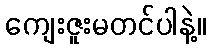
ကျေးဇူးမတင်ပါနဲ့။